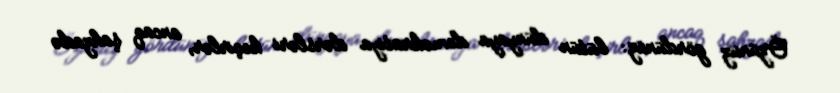
Özünüz gördünüz: bütün dünyaya demokratiya dərsləri keçirlər, ancaq şahzadə